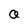
Character: Q